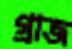
গ্রাজ